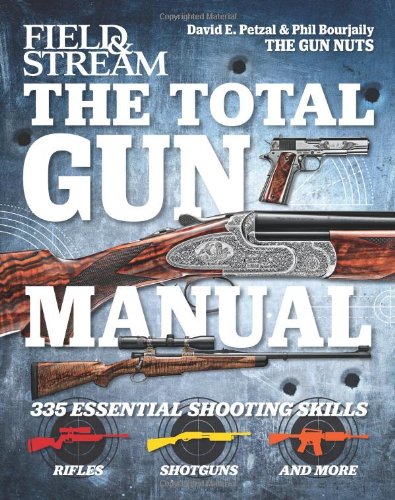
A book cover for The Total Gun Manual (Field & Stream): 335 Essential Shooting Skills; Phil Bourjaily; Sports & Outdoors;